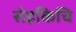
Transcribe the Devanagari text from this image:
सेइकिचि